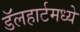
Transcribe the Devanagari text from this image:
डॅलहार्टमध्ये